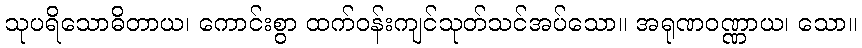
သုပရိသောဓိတာယ၊ ကောင်းစွာ ထက်ဝန်းကျင်သုတ်သင်အပ်သော။ အရုဏဝဏ္ဏာယ၊ သော။